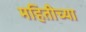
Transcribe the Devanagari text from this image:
महितीच्या